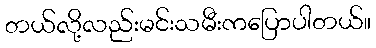
တယ်လို့လည်းမင်းသမီးကပြောပါတယ်။